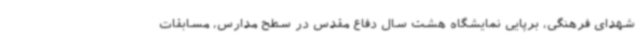
شهدای فرهنگی، برپایی نمایشگاه هشت سال دفاع مقدس در سطح مدارس، مسابقات